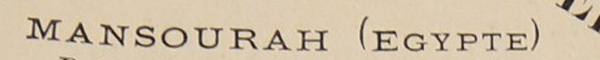
MANSOURAH (EGYPTE)